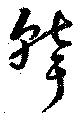
聾